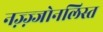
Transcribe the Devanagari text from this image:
नज़्ज़्जोनलिस्त